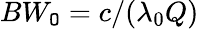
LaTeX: BW_{\mathtt{O}}=c/(\lambda_{0}Q)